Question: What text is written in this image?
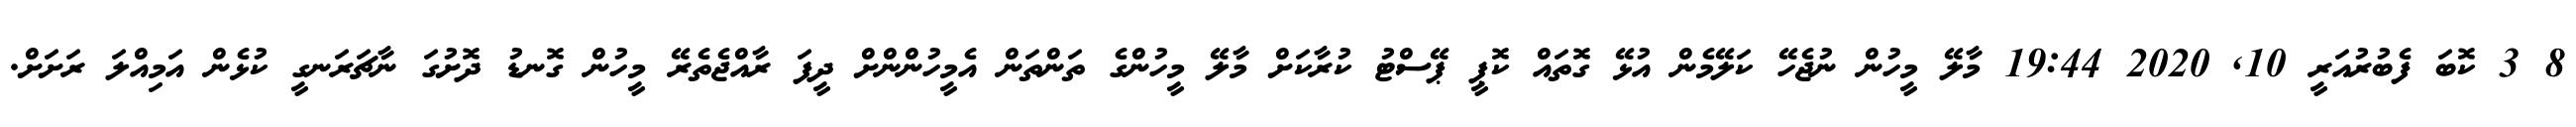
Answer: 8 3 ކޮބަ ފެބުރުއަރީ 10, 2020 19:44 މާލޭ މީހުން ނުޖެހޭ ކަލޭމެން އުޅޭ ގޮތައް ކޮޕީ ޕޭސްޓު ކުރާކަށް މާލޭ މީހުންގެ ތަންތަން އެމީހުންންށް ދީފަ ރާއްޖެތެރޭ މީހުން ގޮނޑު ދޮށުގަ ނާޗަރަނގީ ކުޅެން އަމިއްލަ ރަށަށް.